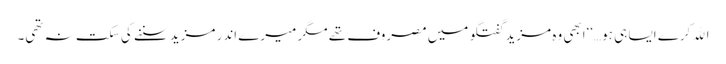
اﷲ کرے ایسا ہی ہو…‘‘ابھی وہ مزید گفتگو میں مصروف تھے مگر میرے اندر مزید سننے کی سکت نہ تھی۔